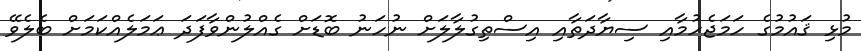
މުޅި ޤައުމުގެ ހަމަޖެހުމާއި ސިޔާދަތާއި އިސްތިގުލާލަށް ނުހަނު ބޮޑަށް ގެއްލުންވާފަދަ ޢަަމަލެއްކަމަށް ބެލެވޭ